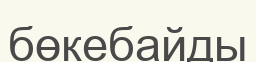
бөкебайды